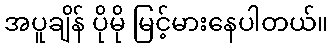
အပူချိန် ပိုမို မြင့်မားနေပါတယ်။